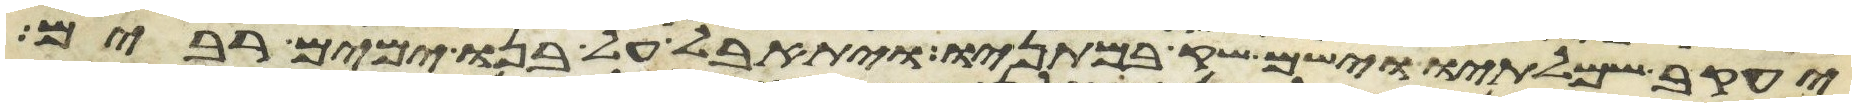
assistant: יעקב שמלתיו וישם שק במתניו ויתאבל על בנו ימים רבים